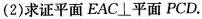
(2)求证平面EAC\bot平面PCD.